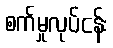
စက်မှုလုပ်ငန်း